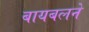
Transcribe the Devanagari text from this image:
बायबलने